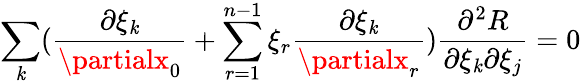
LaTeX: \sum_{\mathit{k}}(\frac{{\partial\xi_{\mathit{k}}}}{{\partialx_{0}}}+\sum_{r=1}^{n-1}\xi_{r}\frac{{\partial\xi_{\mathit{k}}}}{{\partialx_{r}}})\frac{{\partial^{2}R}}{{\partial\xi_{\mathit{k}}\partial\xi_{j}}}=0